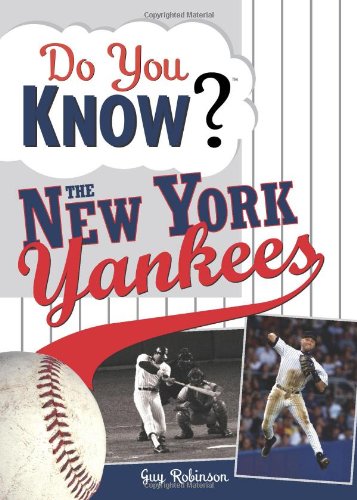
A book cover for Do You Know the New York Yankees?: Test your expertise with these fastball questions (and a few curves) about your favorite team's hurlers, sluggers, stats and most memorable moments; Guy Robinson; Humor & Entertainment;